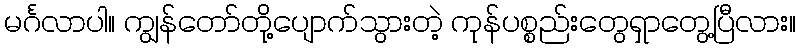
မင်္ဂလာပါ။ ကျွန်တော်တို့ပျောက်သွားတဲ့ ကုန်ပစ္စည်းတွေရှာတွေ့ပြီလား။